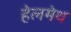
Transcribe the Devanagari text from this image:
हेलमेथ